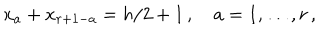
LaTeX: x _ { a } + x _ { r + 1 - a } = h / 2 + 1 \, , \quad a = 1 , \ldots , r \, ,